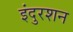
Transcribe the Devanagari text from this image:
इंदुरशन